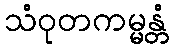
သံဝုတကမ္မန္တံ